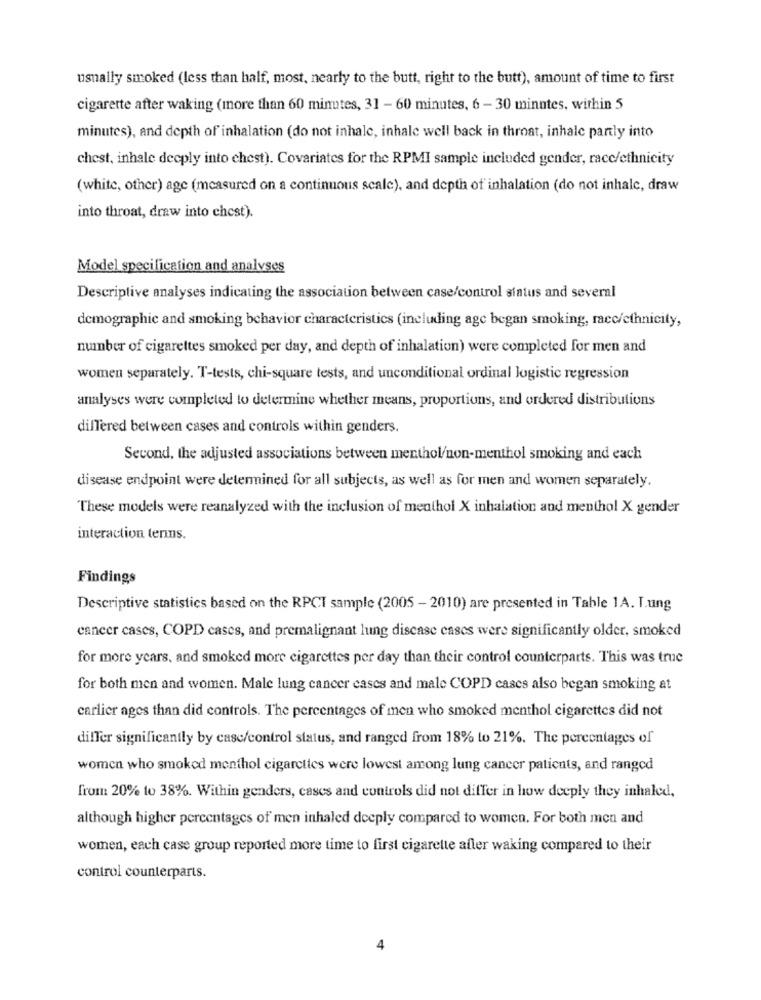
usually smoked (less than half, most, nearly to the butt, right to the butt), amount of time to first
cigarette after waking (more than 60 minutes, 31 - 60 minutes, 6 - 30 minutes, within 5
minutes), and depth of inhalation (do not inhale, inhale well back in throat, inhale partly into
chest, inhale deeply into chest). Covariates for the RPMI sample included gender, racc/ethnicity
(white, other) age (measured on a continuous scale), and depth of inhalation (do not inhale, draw
into throat, draw into chest).
Model specification and analyses
Descriptive analyses indicating the association between case/control status and several
demographic and smoking behavior characteristics (including age began smoking, racc/ethnicity,
number of cigarettes smoked per day, and depth of inhalation) were completed for men and
women separately. T-tests, chi-square tests, and unconditional ordinal logistic regression
analyses were completed to determine whether means, proportions, and ordered distributions
dilTered between cases and controls within genders.
Second, the adjusted associations between menthol/non-menthol smoking and each
disease endpoint were determined for all subjects, as well as for men and women separately.
These models were reanalyzed with the inclusion of menthol X inhalation and menthol X gender
interaction terms.
Findings
Descriptive statistics based on the RPCT sample (2005 - 2010) are presented in Table 1A. I.ung
cancer cases, COPD cases, and premalignant lung disease cases were significantly older, smoked
for more years, and smoked more cigarettes per day than their control counterparts. This was true
for both men and women. Male lung cancer cases and male COPD cases also began smoking at
carlier ages than did controls. The percentages of men who smoked menthol cigarettes did not
dilTer significantly by casc/control status, and ranged from 18% to 21%. The percentages of
women who smoked menthol cigarettes were lowest among lung cancer patients, and ranged
from 20% to 38%. Within genders, cases and controls did not differ in how deeply they inhaled,
although higher percentages of men inhaled deeply compared to women. For both men and
women, each case group reported more time to first cigarette afler waking compared to their
control counterparts.